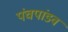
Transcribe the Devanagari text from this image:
पंचपांडव